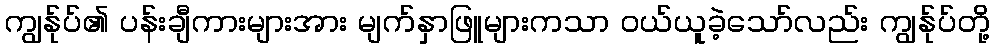
ကျွန်ုပ်၏ ပန်းချီကားများအား မျက်နှာဖြူများကသာ ဝယ်ယူခဲ့သော်လည်း ကျွန်ုပ်တို့